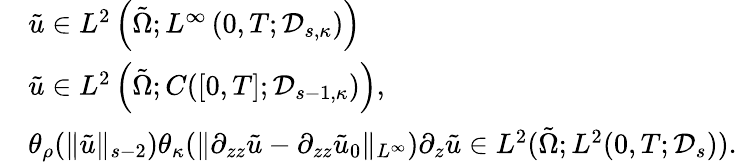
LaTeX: \begin{array}{rl}&{\tilde{u}\in L^{2}\left(\tilde{\Omega};L^{\infty}\left(0,T;\mathcal D_{s,\kappa}\right)\right)}\\ &{\tilde{u}\in L^{2}\left(\tilde{\Omega};C([0,T];\mathcal D_{s-1,\kappa})\right),}\\ &{\theta_{\rho}(\| \tilde{u}\| _{s-2})\theta_{\kappa}(\| \partial_{zz}\tilde{u}-\partial_{zz}\tilde{u}_{0}\| _{L^{\infty}})\partial_{z}\tilde{u}\in L^{2}(\tilde{\Omega};L^{2}(0,T;\mathcal D_{s})).}\end{array}